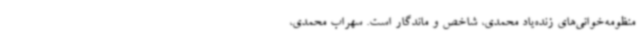
منظومه‌خوانی‌های زنده‌یاد محمدی، شاخص و ماندگار است. سهراب محمدی،